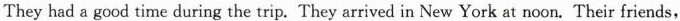
Theyhad a good time during the trip.They arrived in New York at noon.Their friends,